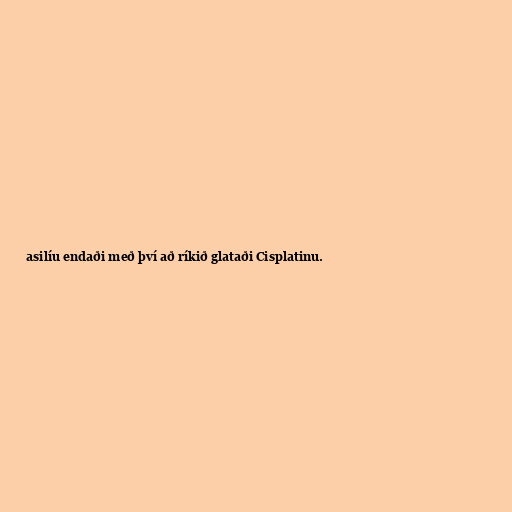
asilíu endaði með því að ríkið glataði Cisplatinu.